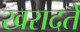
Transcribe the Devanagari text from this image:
खरादते